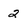
Character: 2